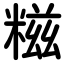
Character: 糍